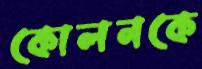
কোলনকে